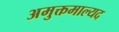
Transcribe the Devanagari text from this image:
अमुक्तमाल्यद